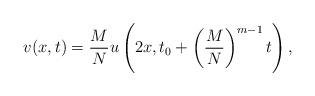
LaTeX: \begin{align*}v(x,t)=\frac M N u\left(2x,t_0+\left (\frac M N \right)^{m-1}t \right),\end{align*}